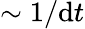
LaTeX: \sim1/\mathrm{d}t